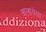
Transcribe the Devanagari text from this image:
चलायेगा